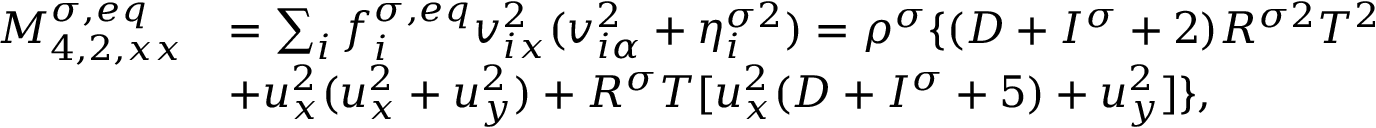
\begin{array} { r } { \begin{array} { r l } { M _ { 4 , 2 , x x } ^ { \sigma , e q } } & { = \sum _ { i } f _ { i } ^ { \sigma , e q } v _ { i x } ^ { 2 } ( v _ { i \alpha } ^ { 2 } + \eta _ { i } ^ { \sigma 2 } ) = \rho ^ { \sigma } \{ ( D + I ^ { \sigma } + 2 ) R ^ { \sigma 2 } T ^ { 2 } } \\ & { + u _ { x } ^ { 2 } ( u _ { x } ^ { 2 } + u _ { y } ^ { 2 } ) + R ^ { \sigma } T [ u _ { x } ^ { 2 } ( D + I ^ { \sigma } + 5 ) + u _ { y } ^ { 2 } ] \} , } \end{array} } \end{array}